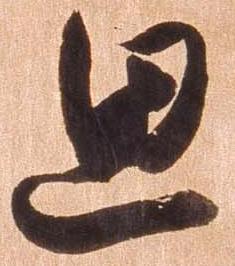
思